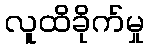
လူထိခိုက်မှု